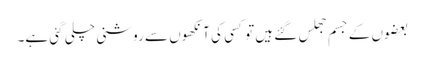
بعضوں کے جسم جھلس گئے ہیں تو کسی کی آنکھوں سے روشنی چلی گئی ہے۔